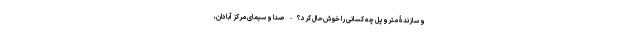
و سازندۀ متروپل چه کسانی را خوش‌حال کرد؟ - صدا و سیمای مرکز آبادان،